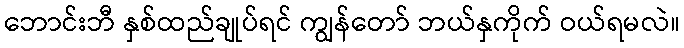
ဘောင်းဘီ နှစ်ထည်ချုပ်ရင် ကျွန်တော် ဘယ်နှကိုက် ဝယ်ရမလဲ။